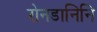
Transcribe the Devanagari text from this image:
रोनडानिनि